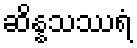
ဆိန္နသဿရံ